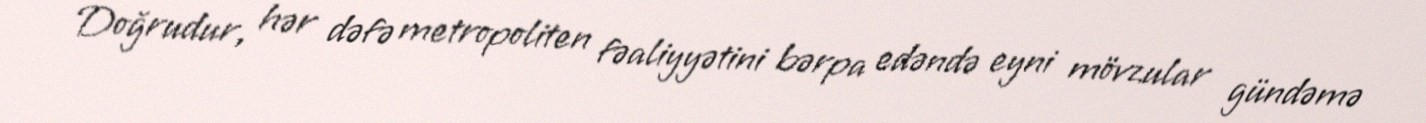
Doğrudur, hər dəfə metropoliten fəaliyyətini bərpa edəndə eyni mövzular gündəmə